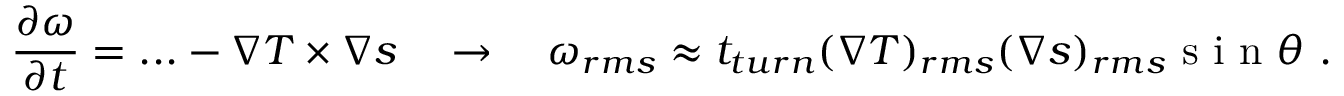
\frac { \partial \boldsymbol { \omega } } { \partial t } = . . . - \nabla T \times \nabla s \quad \rightarrow { } \quad \omega _ { r m s } \approx t _ { t u r n } ( \nabla T ) _ { r m s } ( \nabla s ) _ { r m s } \mathrm { ~ s ~ i ~ n ~ } \theta ~ .